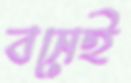
বসেই